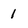
Character: 1